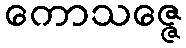
ကောသဇ္ဇေ